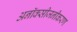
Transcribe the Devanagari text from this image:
अनॉक्सीजनीकरण